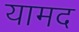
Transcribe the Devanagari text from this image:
यामद